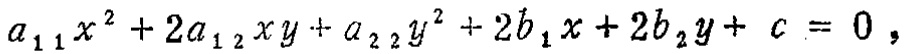
\(a_{11}x^{2}+2a_{12}xy + a_{22}y^{2}+2b_{1}x + 2b_{2}y + c = 0\)